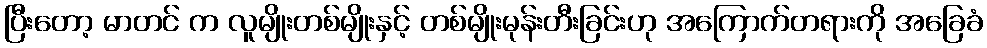
ပြီးတော့ မာတင် က လူမျိုးတစ်မျိုးနှင့် တစ်မျိုးမုန်းတီးခြင်းဟု အကြောက်တရားကို အခြေခံ